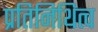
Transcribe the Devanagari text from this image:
प्रतिनिथित्व